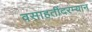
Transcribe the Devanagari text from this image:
वसाहतींदरम्यान